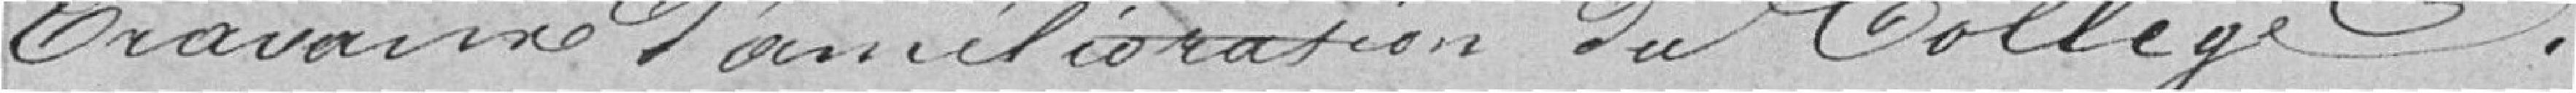
travaux d'amélioration du Collège.